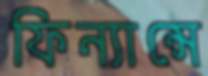
ফিন্যান্সে